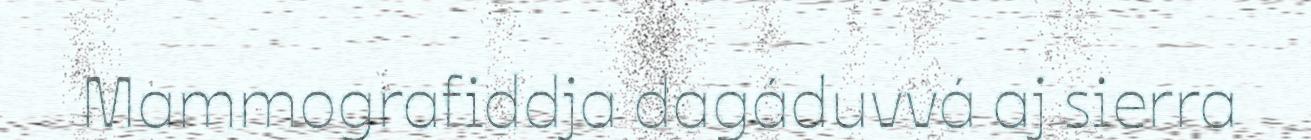
Mammografiddja dagáduvvá aj sierra